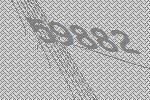
59882